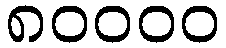
၈၀၀၀၀